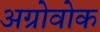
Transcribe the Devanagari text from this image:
अग्रोवोक